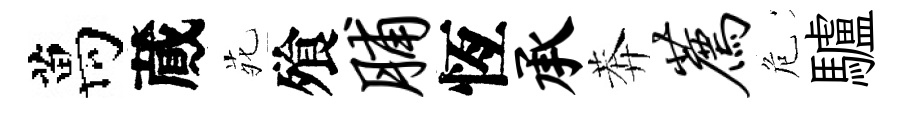
萬蕆𫟍飱脯恆承莾荐危驢